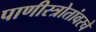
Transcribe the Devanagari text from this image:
पाणीस्त्रोतांवरचे